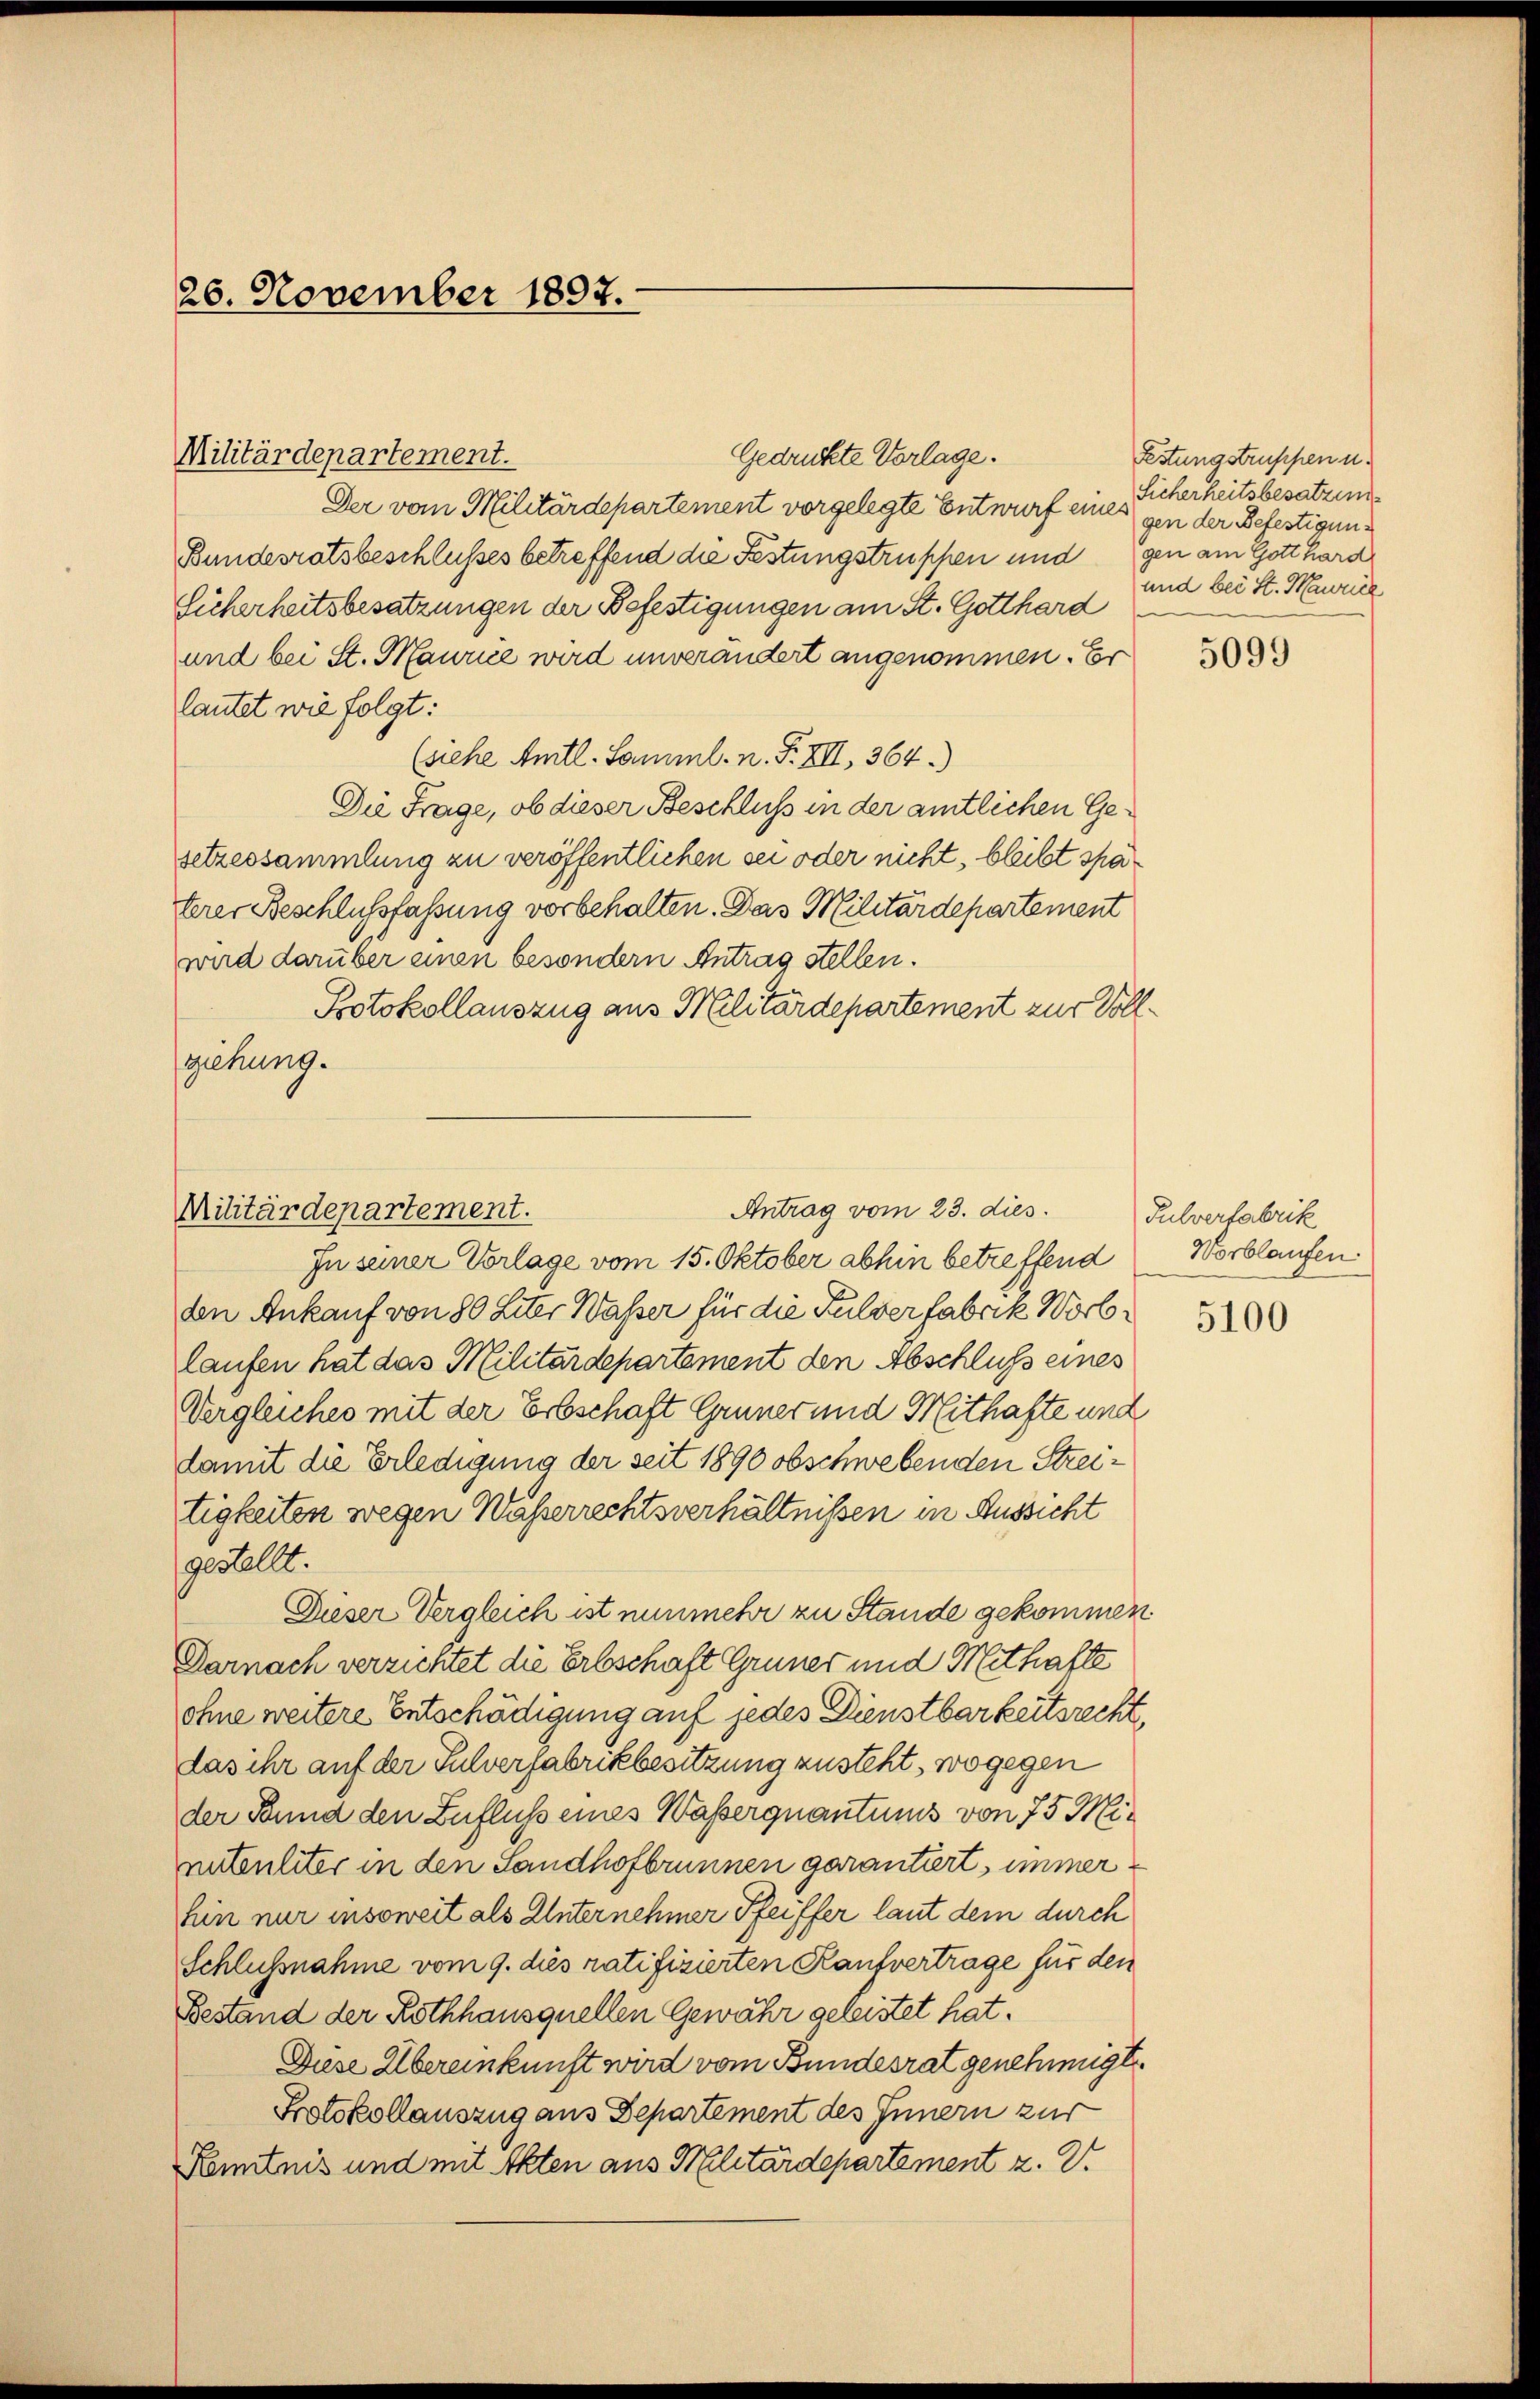
26. November 1897.

Gedrückte Vorlage.
Militärdepartement.
Der vom Militärdepartement vorgelegte Entwurf eines gen der Befestigun¬
Bundesratsbeschlußes betreffend die Festungstruppen und gen am Gotthard
Sicherheitsbesatzungen der Befestigungen am St. Gotthard
und bei St. Maurie wird unverändert angenommen. Er
lautet wie folgt:
(siehe Amtl. Samml. n. F. VII, 364.)
Die Frage, ob dieser Beschluß in der amtlichen Gesetzessammlung zu veröffentlichen sei oder nicht, bleibt spaherer Beschlußfassung vorbehalten. Das Militärdepartement
wird darüber einen besondern Antrag stellen.
Potokollauszug aus Militärdepartement zur Vollziehung.

Antrag vom 23. dies
Militärdepartement.

In seiner Vorlage vom 15. Oktober abhin betreffend
den Ankauf von 80 Liter Waßer für die Fulverfabrik Worblaufen hat das Militärdepartement den Abschluß eines
Vergleiches mit der Erbschaft Grüner und Mithafte und
damit die Erledigung der seit 1890 obschwebenden Streitigkeiten wegen Waßerrechtsverhältnissen in Aussicht
gestellt.
Dieser Vergleich ist nunmehr zu Stande gekommen
Darnach verzichtet die Erbschaft Grüner und Mithafte
ohne weitere Entschädigung auf jedes Dienstbarkeitsrecht,
das ihr auf der Pulverfabrikbesitzung zusteht, wogegen
der Bund den Zufluss eines Wasserquantums von 75 Minitenliter in den Sandhofbrunnen garantiert, immerhin nur insoweit als Unternehmer Pfeiffer laut dem durch
Schlussnahme vom 9. dies ratifizierten Kaufvertrage für den
Bestand der Rothhausquellen Gewähr geleistet hat.
Diese Übereinkunft wird vom Bundesrat genehmigt
Protokollauszug aus Departement des Innern zur
Kenntnis und mit Akten aus Militärdepartement z. B.

Festungstruppen u.
Sicherheitsbesatzung
und bei St. Maurice
e

5099

Fulverfabrik
Worblaufen:

5100